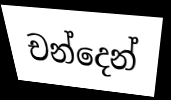
චන්දෙන්